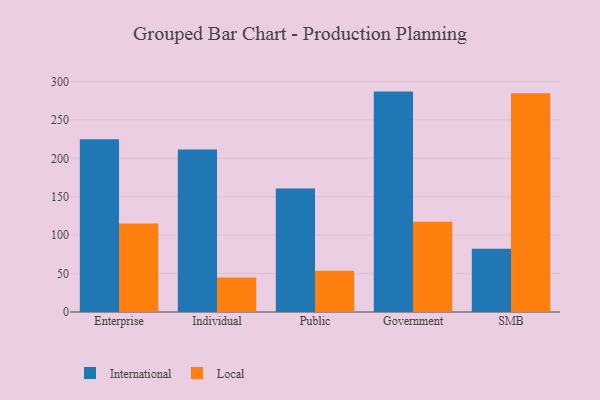
{"axis": {"x": "Segment", "y": "Population (Million)"}, "legend": ["International", "Local"], "data": [{"x": "Enterprise", "y": 224.9, "type": "International"}, {"x": "Enterprise", "y": 115.0, "type": "Local"}, {"x": "Individual", "y": 211.4, "type": "International"}, {"x": "Individual", "y": 44.9, "type": "Local"}, {"x": "Public", "y": 160.6, "type": "International"}, {"x": "Public", "y": 53.7, "type": "Local"}, {"x": "Government", "y": 286.8, "type": "International"}, {"x": "Government", "y": 117.4, "type": "Local"}, {"x": "SMB", "y": 82.2, "type": "International"}, {"x": "SMB", "y": 284.6, "type": "Local"}]}